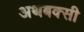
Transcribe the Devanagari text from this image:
अथबक्सी